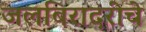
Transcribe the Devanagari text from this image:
जलबिरादरीचे